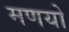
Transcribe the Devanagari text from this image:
मणयो